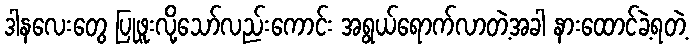
ဒါနလေးတွေ ပြုဖူးလို့သော်လည်းကောင်း အရွယ်ရောက်လာတဲ့အခါ နားထောင်ခဲ့ရတဲ့